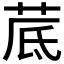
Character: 𦰘